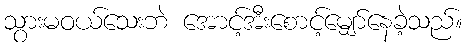
သွားမဝယ်သေးဘဲ အောင့်အီးစောင့်မျှော်နေခဲ့သည်။